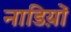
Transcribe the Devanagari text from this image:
नाडिय़ों